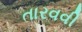
તારવવી